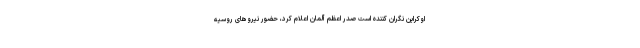
اوکراین نگران کننده است صدر اعظم آلمان اعلام کرد، حضور نیروهای روسیه